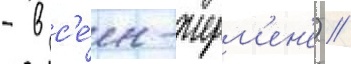
- в с'е́н-жерм'ен'е) //